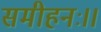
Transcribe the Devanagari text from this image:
समीहनः।।